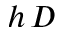
h \, D